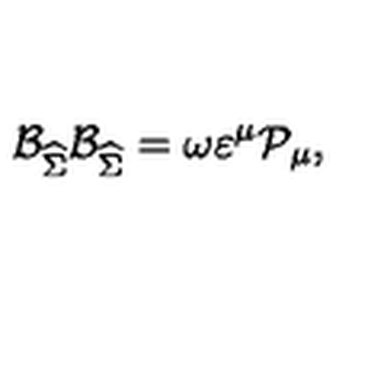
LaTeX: \mathcal { B } _ { \widehat { \Sigma } } \mathcal { B } _ { \widehat { \Sigma } } = \omega \varepsilon ^ { \mu } \mathcal { P } _ { \mu } ,